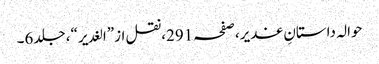
حوالہ داستانِ غدیر،صفحہ291،نقل از”الغدیر“، جلد6۔